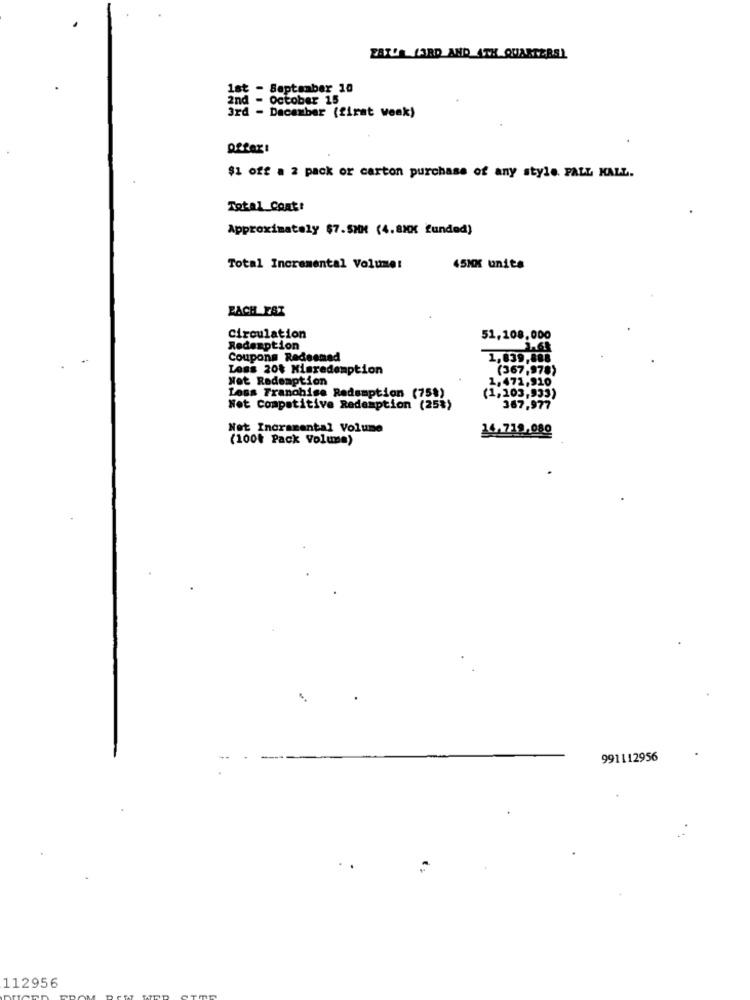
ZAT'S YARD AND ATH QUARTERSL
1st - September 10
2nd - october 15
3rd - December (first week)
$1 off a 2 pack or carton purchase of any style. PALL MALL.
Total Cont!
Approximately $7.5MM (4.820 funded)
Total Incremental Volume:
45NK units
ZACH EST
Circulation
51,108,000
Redemption
Coupons Redesmed
1,839,888
Less 20% Miaredemption
(367,978)
Not Redemption
1,471,910
Loss Franchise Redemption (75$)
(1,103,933)
Not Competitive Redemption (25%)
367,977
Not Incramental Volume
14.719,089
(100% Pack Volume)
991112956
112956